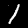
Digit: 1